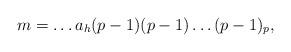
LaTeX: \begin{align*}m= \dots a_h (p-1) (p-1) \dots (p-1)_p,\end{align*}